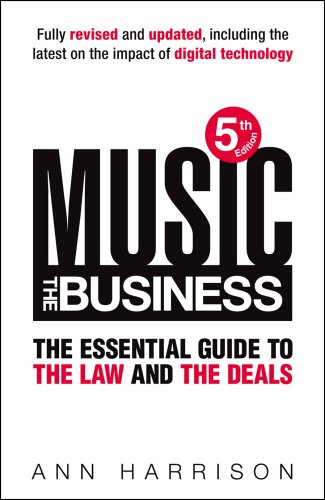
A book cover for Music: The Business: The Essential Guide to the Law and the Deals; Ann Harrison; Law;